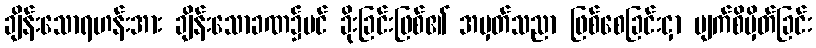
ချိန်းသောရဟန်းအား ချိန်းသောခဏ၌ပင် ခိုးခြင်းဖြစ်၏ အမှတ်သညာ ဖြစ်စေခြင်းငှာ မျက်စိမှိတ်ခြင်း